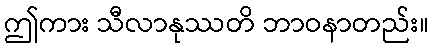
ဤကား သီလာနုဿတိ ဘာဝနာတည်း။